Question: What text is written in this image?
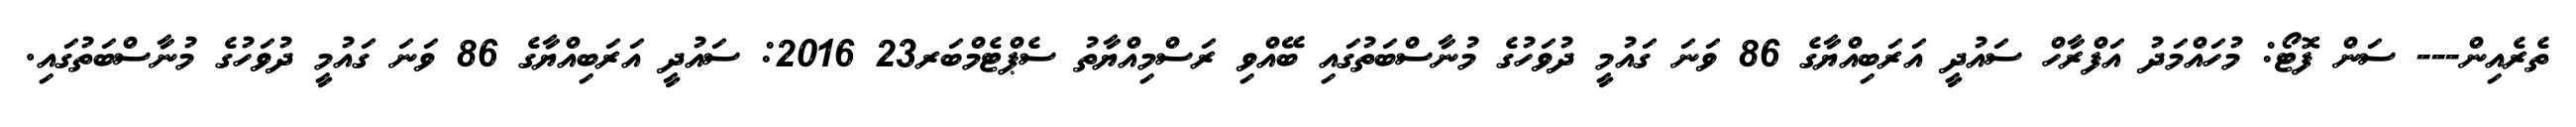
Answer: ތެރެއިން--- ސަން ފޮޓޯ: މުހައްމަދު އަފްރާހް ސައުދީ އަރަބިއްޔާގެ 86 ވަނަ ގައުމީ ދުވަހުގެ މުނާސްބަތުގައި ބޭއްވި ރަސްމިއްޔާތު ސެޕްޓެމްބަރ23 2016: ސައުދީ އަރަބިއްޔާގެ 86 ވަނަ ގައުމީ ދުވަހުގެ މުނާސްބަތުގައި.